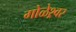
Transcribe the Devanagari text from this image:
गोळेश्र्वर